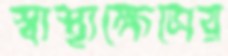
স্বাস্থ্যক্ষেত্রের